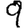
Digit: 9